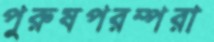
পুরুষপরম্পরা